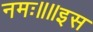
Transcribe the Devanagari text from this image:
नमः॥॥इस